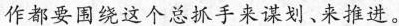
作都要围绕这个总抓手来谋划、来推进。